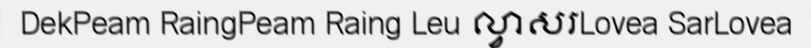
DekPeam RaingPeam Raing Leu ល្វាសរLovea SarLovea